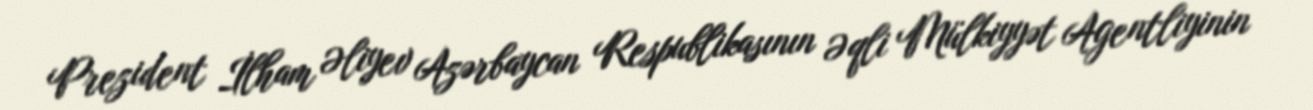
Prezident İlham Əliyev Azərbaycan Respublikasının Əqli Mülkiyyət Agentliyinin